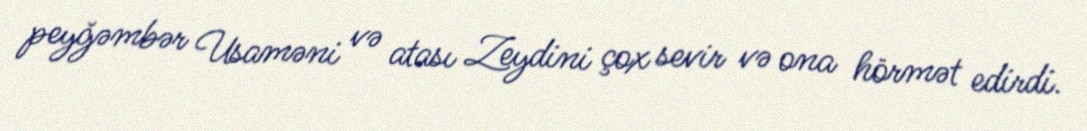
peyğəmbər Usaməni və atası Zeydini çox sevir və ona hörmət edirdi.